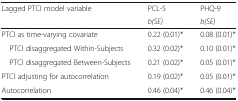
<table><thead><tr><td rowspan="2"><b>Lagged PTCI model variable</b></td><td><b>PCL-5</b></td><td><b>PHQ-9</b></td></tr><tr><td><b><i>b(SE)</i></b></td><td><b><i>b(SE)</i></b></td></tr></thead><tbody><tr><td>PTCI as time-varying covariate</td><td>0.22 (0.01)*</td><td>0.08 (0.01)*</td></tr><tr><td> PTCI disaggregated Within-Subjects</td><td>0.32 (0.02)*</td><td>0.10 (0.01)*</td></tr><tr><td> PTCI disaggregated Between-Subjects</td><td>0.21 (0.02)*</td><td>0.05 (0.01)*</td></tr><tr><td>PTCI adjusting for autocorrelation</td><td>0.19 (0.02)*</td><td>0.05 (0.01)*</td></tr><tr><td>Autocorrelation</td><td>0.46 (0.04)*</td><td>0.46 (0.04)*</td></tr></tbody></table>